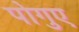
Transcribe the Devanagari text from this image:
पोगुए